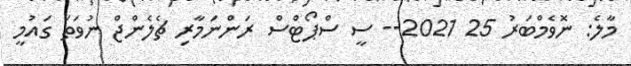
މާލެ: ނޮވެމްބަރު 25 2021-- ސީ ސްޕޯޓްސް ރަންނަމާރި ޗެލެންޖް ނުވަތަ ގައުމީ